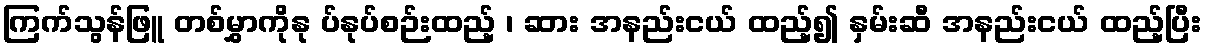
ကြက်သွန်ဖြူ တစ်မွှာကိုနု ပ်နုပ်စဉ်းထည့် ၊ ဆား အနည်းငယ် ထည့်၍ နှမ်းဆီ အနည်းငယ် ထည့်ပြီး